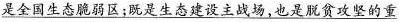
是全国生态脆弱区；既是生态建设主战场，也是脱贫攻坚的重